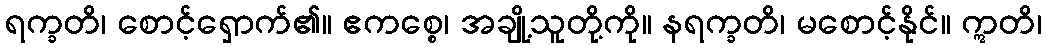
ရက္ခတိ၊ စောင့်ရှောက်၏။ ဧကစ္စေ၊ အချို့သူတို့ကို။ နရက္ခတိ၊ မစောင့်နိုင်။ ဣတိ၊